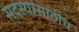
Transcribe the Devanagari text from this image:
सदस्यांसाठीच